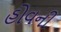
હોવની